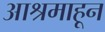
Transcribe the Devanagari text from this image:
आश्रमाहून